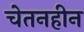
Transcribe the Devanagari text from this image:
चेतनहीन